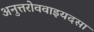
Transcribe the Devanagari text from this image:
अनुत्तरोववाइयदसा